Tartu_Linna_ja_Maakonna_Kaitseliit, lk 202
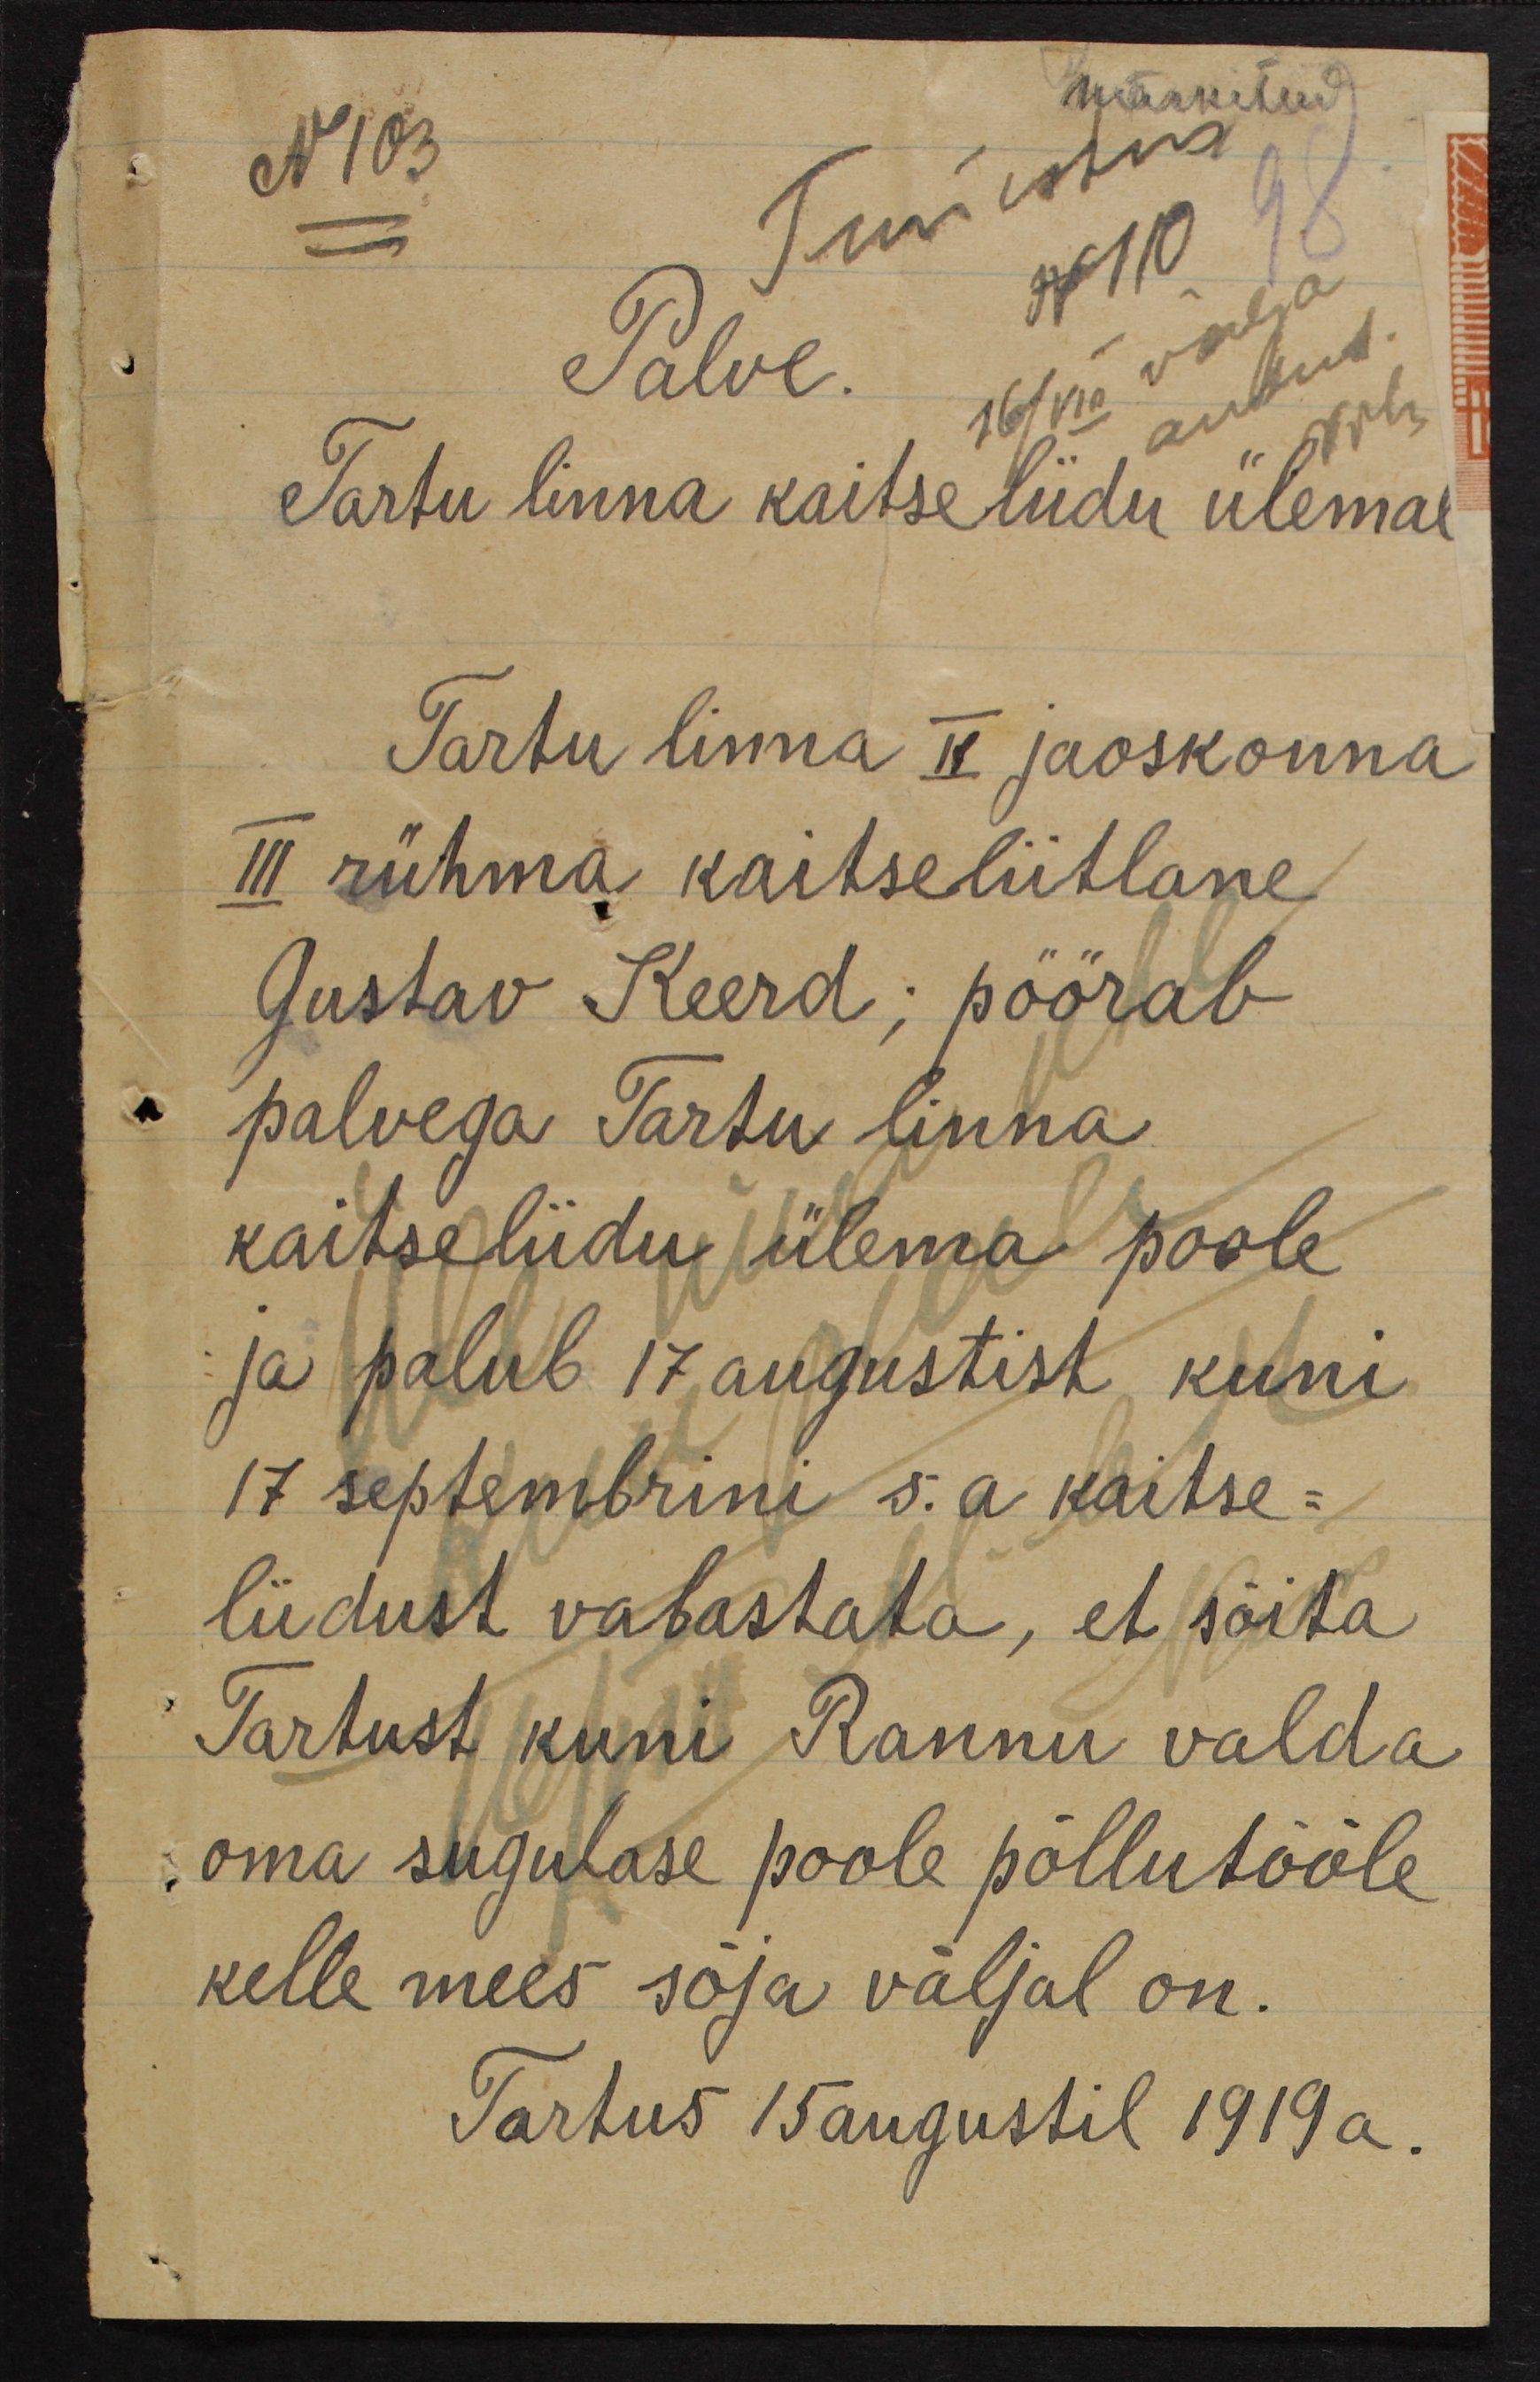
märkitud
N103
Tunnistus
No 10
Palve.
16/VII välja
antud.
Tartu linna kaitseliidu ülemal
Tartu linna II jaoskonna
III rühma kaitseliitlane
Gustav Keerd; pöörab
palvega Tartu linna
kaitseliidu ülema poole
ja palub 17 augustist kuni
17 septembrini s.a kaitse-
liidust vabastata, et sõita
Tartust kuni Rannu valda
oma sugulase poole põllutööle
kelle mees sõja väljal on.
Tartus 15 augustil 1919 a.